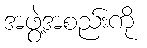
အဖွဲ့အစည်းကို